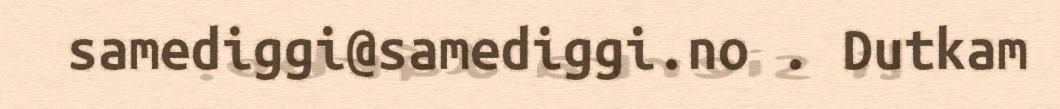
samediggi@samediggi.no . Dutkam